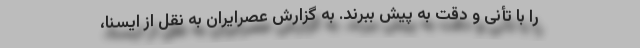
را با تأنی و دقت به پیش ببرند. به گزارش عصرایران به نقل از ایسنا،